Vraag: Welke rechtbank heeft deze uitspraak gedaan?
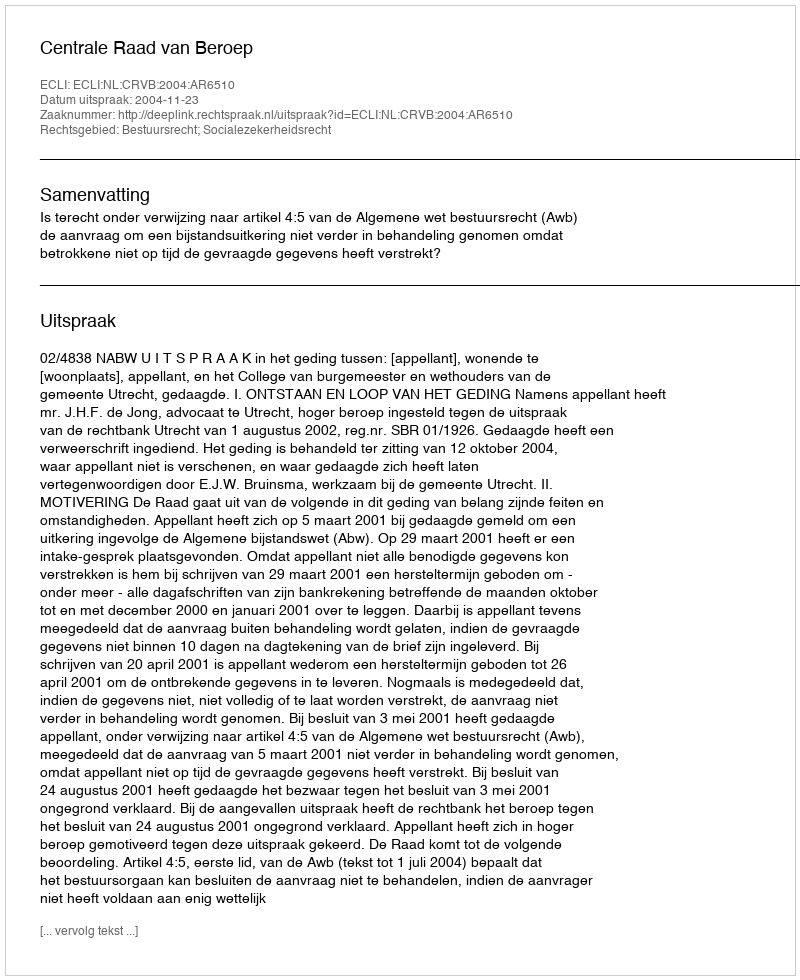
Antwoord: Centrale Raad van Beroep